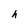
Character: h